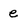
Character: e